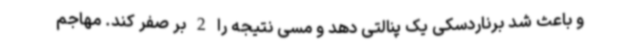
و باعث شد برناردسکی یک پنالتی دهد و مسی نتیجه را 2 بر صفر کند. مهاجم